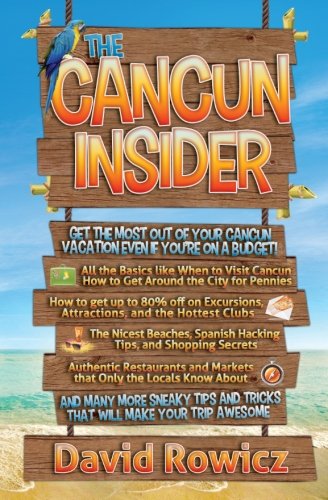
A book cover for The Cancun Insider: Get the Most out of your Cancun Vacation Even if you're on a Budget!; David Rowicz; Travel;